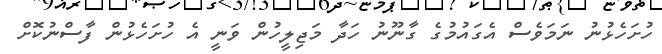
ހުށަހެޅުނު ނަމަވެސް އެގައުމުގެ ގާނޫނު ހަދާ މަޖިލީހުން ވަނީ އެ ހުށަހެޅުން ފާސްނުކޮށް